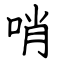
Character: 哨